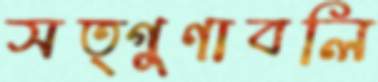
সত্গুণাবলি